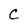
Character: C